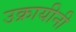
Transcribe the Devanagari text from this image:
उक्रायीनी